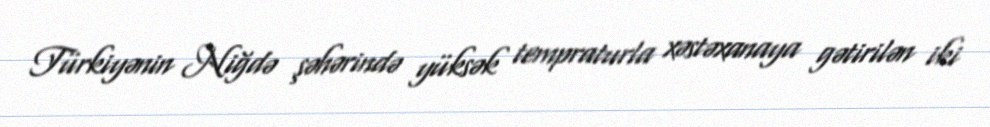
Türkiyənin Niğdə şəhərində yüksək tempraturla xəstəxanaya gətirilən iki